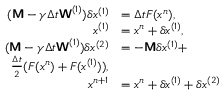
\begin{array} { r l } { ( \boldsymbol { \mathsf { M } } - \gamma \Delta t \boldsymbol { \mathsf { W } } ^ { ( 1 ) } ) \delta \boldsymbol { x } ^ { ( 1 ) } } & { = \Delta t F ( \boldsymbol { x } ^ { n } ) , } \\ { \boldsymbol { x } ^ { ( 1 ) } } & { = \boldsymbol { x } ^ { n } + \delta \boldsymbol { x } ^ { ( 1 ) } , } \\ { ( \boldsymbol { \mathsf { M } } - \gamma \Delta t \boldsymbol { \mathsf { W } } ^ { ( 1 ) } ) \delta \boldsymbol { x } ^ { ( 2 ) } } & { = - \boldsymbol { \mathsf { M } } \delta \boldsymbol { x } ^ { ( 1 ) } + } \\ { \frac { \Delta t } { 2 } ( F ( \boldsymbol { x } ^ { n } ) + F ( \boldsymbol { x } ^ { ( 1 ) } ) ) , } \\ { \boldsymbol { x } ^ { n + 1 } } & { = \boldsymbol { x } ^ { n } + \delta \boldsymbol { x } ^ { ( 1 ) } + \delta \boldsymbol { x } ^ { ( 2 ) } } \end{array}